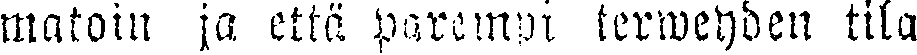
matoin ja että parempi terweyden tila